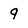
Character: 9